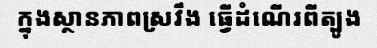
ក្នុងស្ថានភាពស្រវឹង ធ្វើដំណើរពីត្បូង